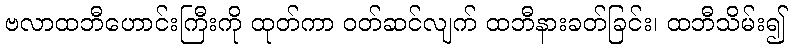
ဗလာထဘီဟောင်းကြီးကို ထုတ်ကာ ဝတ်ဆင်လျက် ထဘီနားခတ်ခြင်း၊ ထဘီသိမ်း၍